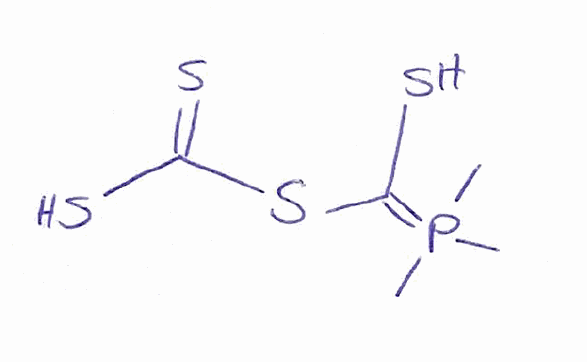
Simplified molecular-input line-entry system (SMILES) notation of the given molecule:
CP(=C(S)SC(=S)S)(C)C